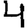
Digit: 4